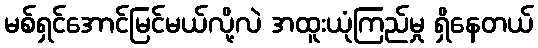
မစ်ရှင်အောင်မြင်မယ်လို့လဲ အထူးယုံကြည်မှု ရှိနေတယ်